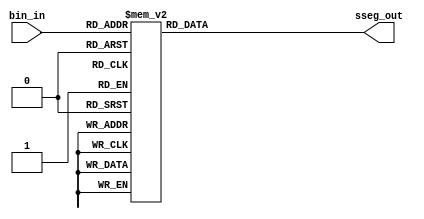
module bcd_to_seven(
  input wire [3:0] bin_in,
  output reg [7:0] sseg_out
);

always@(*) begin
    case (bin_in)
          4'b0000: sseg_out = 8'b11000000;
          4'b0001: sseg_out = 8'b11111001;
          4'b0010: sseg_out = 8'b10100100;
          4'b0011: sseg_out = 8'b10110000;
          4'b0100: sseg_out = 8'b10011001;
          4'b0101: sseg_out = 8'b10010010;
          4'b0110: sseg_out = 8'b10000010;
          4'b0111: sseg_out = 8'b11111000;
          4'b1000: sseg_out = 8'b10000000;
          4'b1001: sseg_out = 8'b10011000;
          4'b1010: sseg_out = 8'b10001000;  // A
          4'b1011: sseg_out = 8'b10000011;  // B
          4'b1100: sseg_out = 8'b10100111;  // C
          4'b1101: sseg_out = 8'b10100010;  // D
          4'b1110: sseg_out = 8'b10000110;  // E
          4'b1111: sseg_out = 8'b10001110;  // F
	     default:  sseg_out = 8'b10000000;
    endcase
end
endmodule